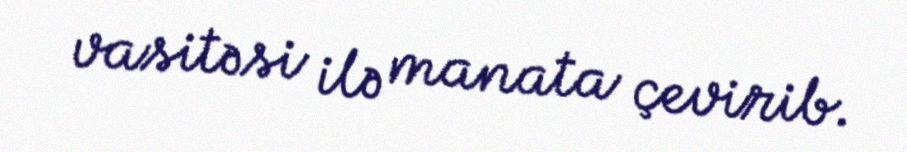
vasitəsi ilə manata çevirib.